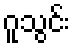
ဂူသွင်း